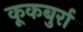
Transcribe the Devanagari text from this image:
कूकबुर्रा